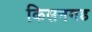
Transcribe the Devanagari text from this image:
किसनगड